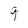
Character: 9